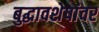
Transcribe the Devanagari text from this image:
बुद्धावशेषांवर